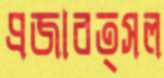
প্রজাবত্সল